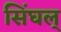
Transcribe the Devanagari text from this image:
सिंघल्